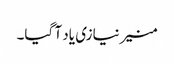
منیر نیازی یاد آ گیا۔